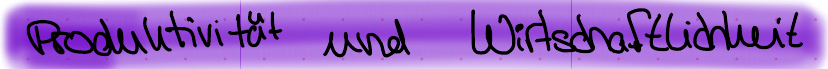
Produktivität und Wirtschaftlichkeit